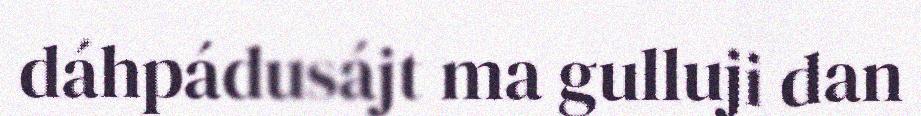
dáhpádusájt ma gulluji dan